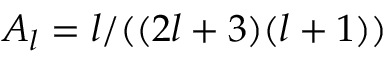
A _ { l } = l / ( ( 2 l + 3 ) ( l + 1 ) )